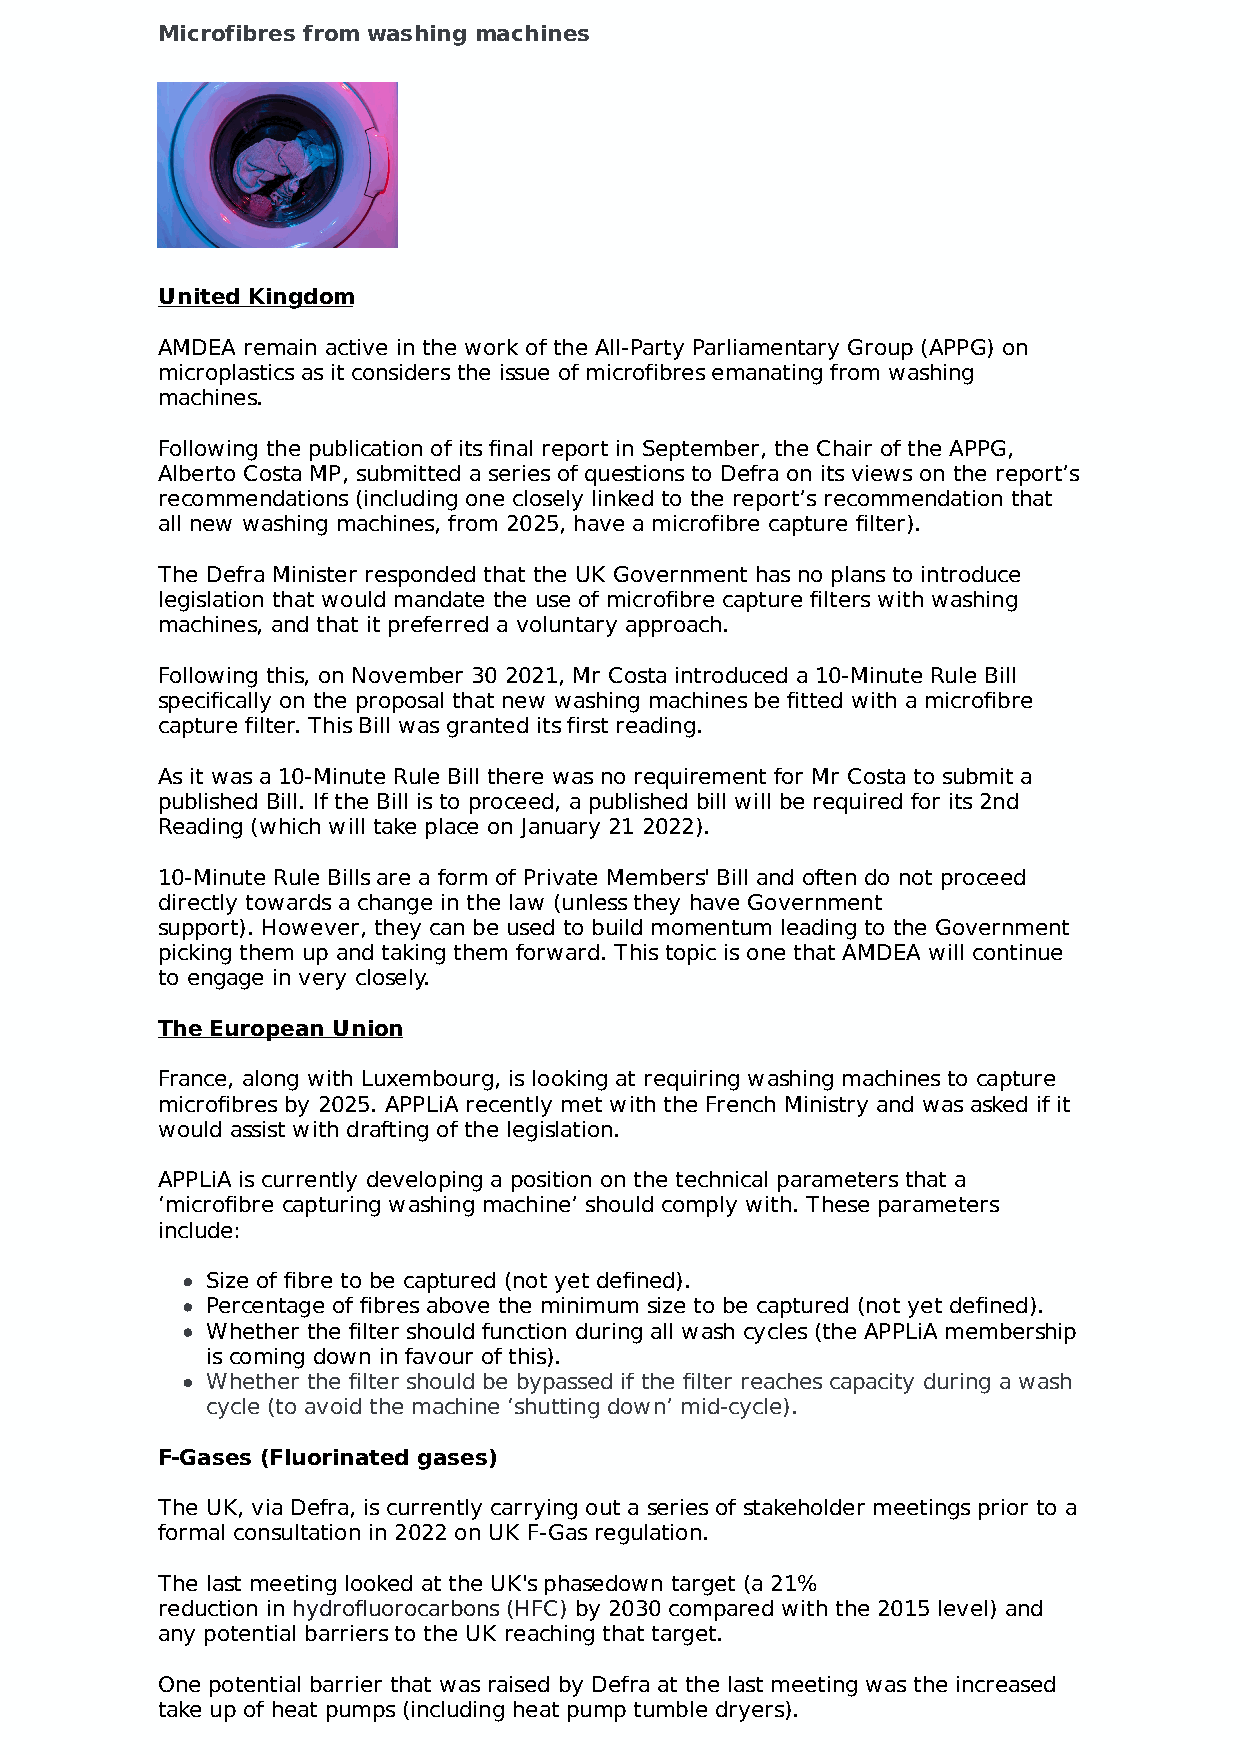
Microfibres from washing machines
 United Kingdom
 AMDEA remain active in the work of the All-Party Parliamentary Group (APPG) on
 microplastics as it considers the issue of microfibres emanating from washing
 machines.
 Following the publication of its final report in September, the Chair of the APPG,
 Alberto Costa MP, submitted a series of questions to Defra on its views on the report’s
 recommendations (including one closely linked to the report’s recommendation that
 all new washing machines, from 2025, have a microfibre capture filter).
 The Defra Minister responded that the UK Government has no plans to introduce
 legislation that would mandate the use of microfibre capture filters with washing
 machines, and that it preferred a voluntary approach.
 Following this, on November 30 2021, Mr Costa introduced a 10-Minute Rule Bill
 specifically on the proposal that new washing machines be fitted with a microfibre
 capture filter. This Bill was granted its first reading.
 As it was a 10-Minute Rule Bill there was no requirement for Mr Costa to submit a
 published Bill. If the Bill is to proceed, a published bill will be required for its 2nd
 Reading (which will take place on January 21 2022).
 10-Minute Rule Bills are a form of Private Members' Bill and often do not proceed
 directly towards a change in the law (unless they have Government
 support). However, they can be used to build momentum leading to the Government
 picking them up and taking them forward. This topic is one that AMDEA will continue
 to engage in very closely.
 The European Union
 France, along with Luxembourg, is looking at requiring washing machines to capture
 microfibres by 2025. APPLiA recently met with the French Ministry and was asked if it
 would assist with drafting of the legislation.
 APPLiA is currently developing a position on the technical parameters that a
 ‘microfibre capturing washing machine’ should comply with. These parameters
 include:
 Size of fibre to be captured (not yet defined).
 Percentage of fibres above the minimum size to be captured (not yet defined).
 Whether the filter should function during all wash cycles (the APPLiA membership
 is coming down in favour of this).
 Whether the filter should be bypassed if the filter reaches capacity during a wash
 cycle (to avoid the machine ‘shutting down’ mid-cycle).
 F-Gases (Fluorinated gases)
 The UK, via Defra, is currently carrying out a series of stakeholder meetings prior to a
 formal consultation in 2022 on UK F-Gas regulation.
 The last meeting looked at the UK's phasedown target (a 21%
 reduction in hydrofluorocarbons (HFC) by 2030 compared with the 2015 level) and
 any potential barriers to the UK reaching that target.
 One potential barrier that was raised by Defra at the last meeting was the increased
 take up of heat pumps (including heat pump tumble dryers).